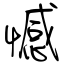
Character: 憾